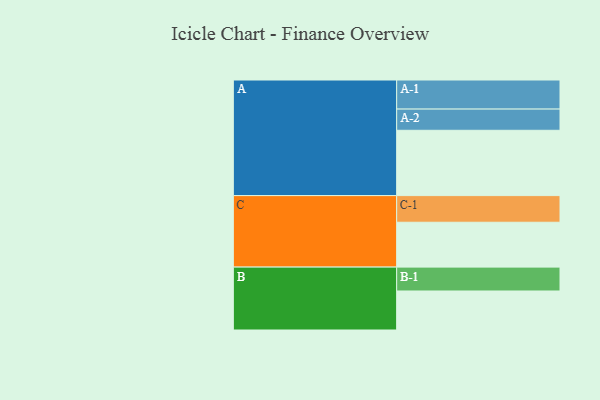
{"axis": {"x": "Segment", "y": "Value"}, "legend": ["", "A", "B", "C"], "data": [{"x": "A", "y": 591, "type": ""}, {"x": "B", "y": 353, "type": ""}, {"x": "C", "y": 406, "type": ""}, {"x": "A-1", "y": 263, "type": "A"}, {"x": "A-2", "y": 192, "type": "A"}, {"x": "B-1", "y": 216, "type": "B"}, {"x": "C-1", "y": 241, "type": "C"}]}